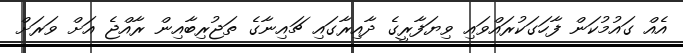
އެއް ގައުމުކަން ފާހަގަކުރައްވައި ވިޔަފާރީގެ ދާއިރާގައި ޗައިނާގެ ތަޖުރިބާއިން ރާއްޖެ އަށް ވަރަށް